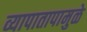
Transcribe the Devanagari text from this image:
व्यापातापामुळे